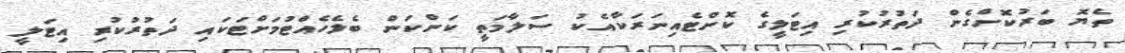
ތެޔޮ ބަރުކޮށްގެން ދަތުރުކުރި އިޓަލީގެ ކޮންޓެއިނަރަކާއެކު ސަލާމަތީ ކަންކަން ބެލެހެއްޓުމަށްޓަކައި ދަތުރުކުރި އިޓަލީ